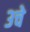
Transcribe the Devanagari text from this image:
३चे